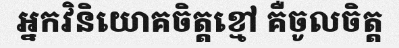
អ្នកវិនិយោគចិត្តខ្មៅ គឺចូលចិត្ត